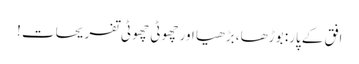
افق کے پار: بوڑھا، بڑھیا اور چھوٹی چھوٹی تفریحات !